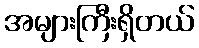
အများကြီးရှိတယ်